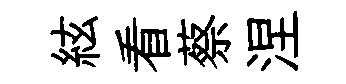
絃看蔡涅